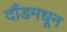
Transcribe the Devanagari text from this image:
दौंडमधून